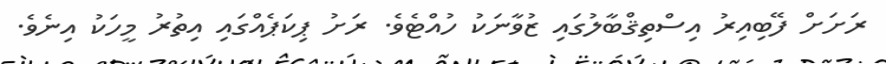
ރަށަށް ފޭބިއިރު އިސްތިޤްބާލުގައި ޒުވާނަކު ހުއްޓެވެ. ރަށު ޕިކަޕެއްގައި އިތުރު މީހަކު އިނެވެ.